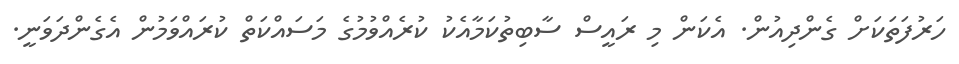
ހަރުފަތަކަށް ގެންދިއުން. އެކަން މި ރައީސް ސާބިތުކަމާއެކު ކުރެއްވުމުގެ މަސައްކަތް ކުރައްވަމުން އެގެންދަވަނީ.